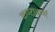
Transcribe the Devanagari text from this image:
कण्टाकर्ण